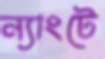
ন্যাংটে